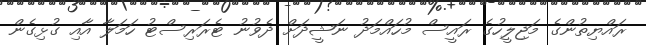
ރައްޔިތުންގެ މަޖިލީހުގެ ރައީސް މުހައްމަދު ނަޝީދަށް ދެވުނު ޓެރަރިސްޓު ހަމަލާ އާއި ގުޅިގެން